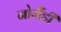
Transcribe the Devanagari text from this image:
नोर्मैंडी